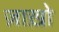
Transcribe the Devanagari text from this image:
ज़ाख़ो